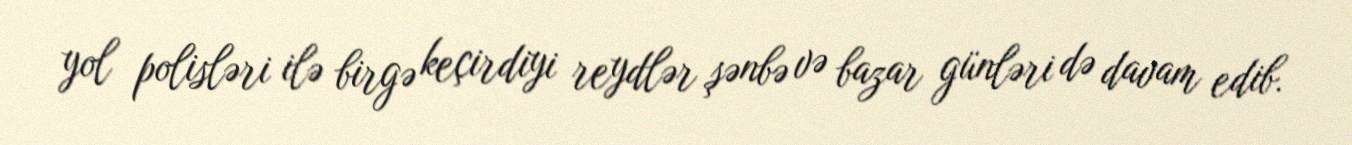
yol polisləri ilə birgə keçirdiyi reydlər şənbə və bazar günləri də davam edib.